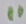
Text: 11